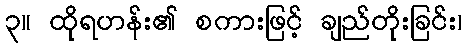
၃။ ထိုရဟန်း၏ စကားဖြင့် ချည်တိုးခြင်း၊